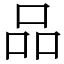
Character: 品